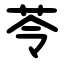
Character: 苓